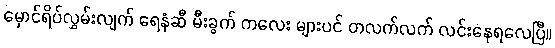
မှောင်ရိပ်လွှမ်းလျက် ရေနံဆီ မီးခွက် ကလေး များပင် တလက်လက် လင်းနေရလေပြီ။